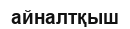
айналтқыш